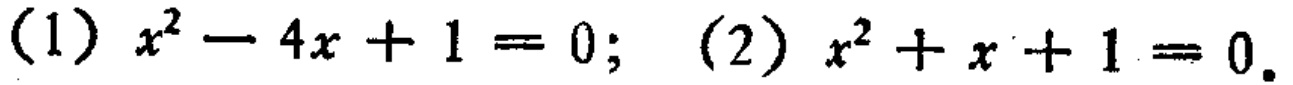
(1) \(x^{2}-4x + 1 = 0\); (2) \(x^{2}+x + 1 = 0\).